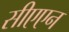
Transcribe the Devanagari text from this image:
सीएएन